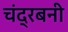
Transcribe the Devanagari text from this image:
चंद्रबनी